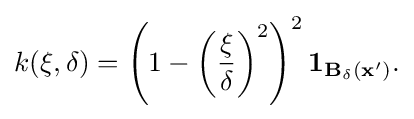
k({\bf {\xi }},\delta )=\left(1-\left({\frac {\xi }{\delta }}\right)^{2}\right)^{2}{\bf {{1}_{B_{\delta }({\bf {x}}')}.}}